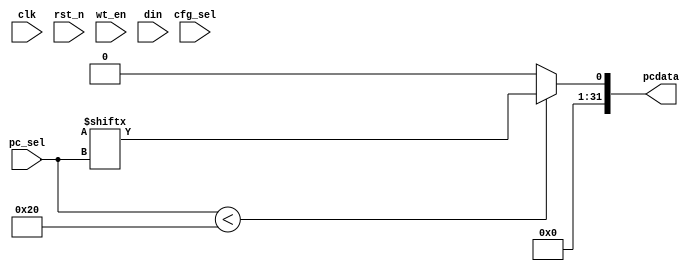
module  IR_REG ( 
    input           clk       ,      
    input           rst_n     ,

    input           wt_en     ,         //from apb reg
    input   [4:0]   cfg_sel   ,   //from apb reg
    input   [31:0]  din       ,   //from apb reg

    input   [7:0]   pc_sel    ,   //from fsm op

    output wire  [31:0]   pcdata  //to fsm op

    
);

  genvar i;
  generate
    for (i = 0; i < 32; i = i + 1) begin : REGISTER_GEN
      reg [31:0] IR_reg;

      always @(posedge clk or negedge rst_n) begin
        if (!rst_n) begin
          IR_reg <= 32'b0;
        end else if (wt_en && (cfg_sel == i)) begin
          IR_reg <= din;
        end
        else begin
          IR_reg <= IR_reg ;
        end
      end
    end
  endgenerate

  always@(*) begin
    pcdata[31:0] = (pc_sel < 32) ? IR_reg[pc_sel] : 32'b0;
  end





endmodule